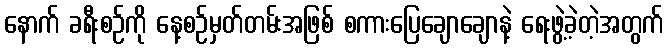
နောက် ခရီးစဉ်ကို နေ့စဉ်မှတ်တမ်းအဖြစ် စကားပြေချောချောနဲ့ ရေးဖွဲ့ခဲ့တဲ့အတွက်